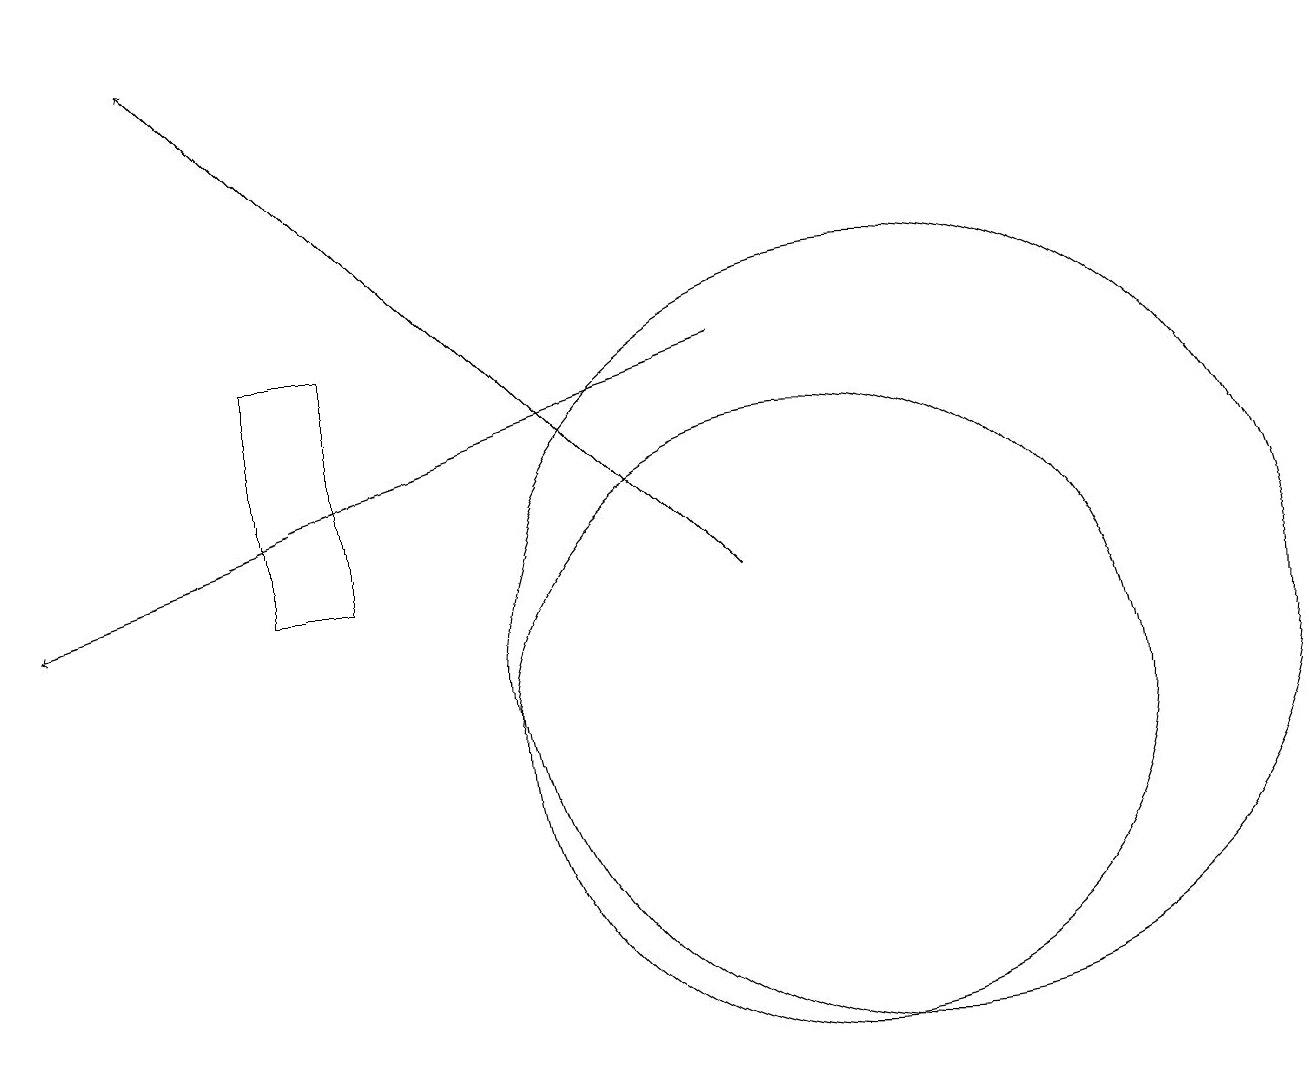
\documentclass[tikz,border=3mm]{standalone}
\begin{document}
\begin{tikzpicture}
\draw (4,12) rectangle (3,15);
\draw[->] (9,15) -- (0,12);
\draw (10,10) circle (0);
\draw (10,10) circle (4);
\draw[->] (9,12) -- (2,19);
\draw (11,11) circle (5);
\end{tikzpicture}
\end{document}